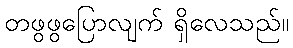
တဖွဖွပြောလျက် ရှိလေသည်။